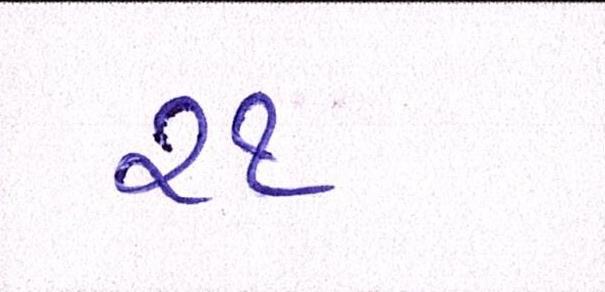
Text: ૨૧